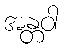
အန္တဝါ